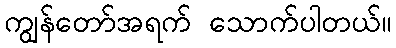
ကျွန်တော်အရက် သောက်ပါတယ်။